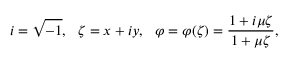
i = \sqrt { - 1 } , \ \ \zeta = x + i y , \ \ \varphi = \varphi ( \zeta ) = \frac { 1 + i \mu \zeta } { 1 + \mu \zeta } ,